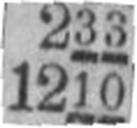
1210